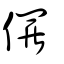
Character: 儸